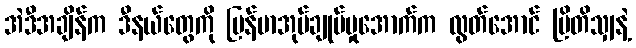
အဲဒီအချိန်က ဒီနယ်တွေကို မြန်မာအုပ်ချုပ်မှုအောက်က လွတ်အောင် ဗြိတိသျှနဲ့